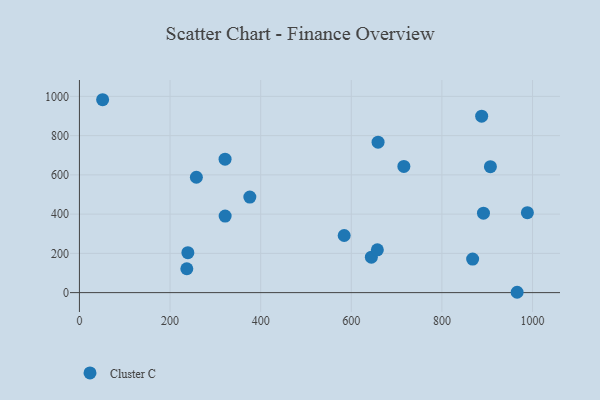
{"axis": {"x": "Investment", "y": "Exam Score"}, "legend": ["Cluster C"], "data": [{"x": "584.3", "y": 291.1, "type": "Cluster C"}, {"x": "51.2", "y": 983.0, "type": "Cluster C"}, {"x": "988.6", "y": 407.6, "type": "Cluster C"}, {"x": "237.0", "y": 121.5, "type": "Cluster C"}, {"x": "716.0", "y": 643.2, "type": "Cluster C"}, {"x": "321.4", "y": 680.2, "type": "Cluster C"}, {"x": "907.0", "y": 641.7, "type": "Cluster C"}, {"x": "321.6", "y": 390.2, "type": "Cluster C"}, {"x": "258.1", "y": 587.8, "type": "Cluster C"}, {"x": "644.3", "y": 180.7, "type": "Cluster C"}, {"x": "887.7", "y": 899.4, "type": "Cluster C"}, {"x": "891.7", "y": 405.0, "type": "Cluster C"}, {"x": "867.8", "y": 171.1, "type": "Cluster C"}, {"x": "659.1", "y": 766.6, "type": "Cluster C"}, {"x": "239.3", "y": 203.6, "type": "Cluster C"}, {"x": "376.1", "y": 486.9, "type": "Cluster C"}, {"x": "966.0", "y": 1.7, "type": "Cluster C"}, {"x": "657.5", "y": 218.0, "type": "Cluster C"}]}